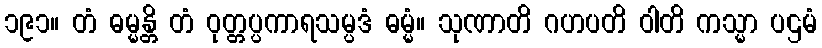
၁၉၁။ တံ ဓမ္မန္တိ တံ ဝုတ္တပ္ပကာရသမ္ပဒံ ဓမ္မံ။ သုဏာတိ ဂဟပတိ ဝါတိ ကသ္မာ ပဌမံ